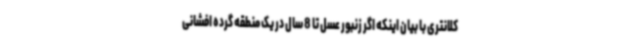
کلانتری با بیان اینکه اگر زنبور عسل تا 8 سال در یک منطقه گرده افشانی